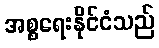
အစ္စရေးနိုင်ငံသည်